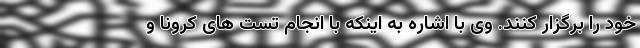
خود را برگزار کنند. وی با اشاره به اینکه با انجام تست های کرونا و